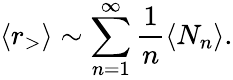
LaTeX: \langle r_{>}\rangle\sim\sum_{n=1}^{\infty}\frac{1}{n}\langle N_{n}\rangle.